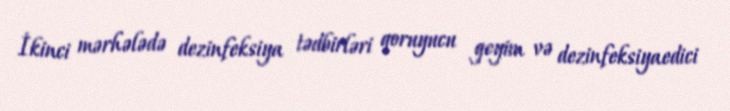
İkinci mərhələdə dezinfeksiya tədbirləri qoruyucu geyim və dezinfeksiyaedici